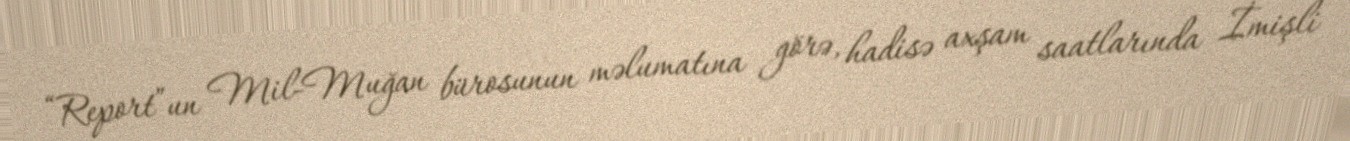
“Report”un Mil-Muğan bürosunun məlumatına görə, hadisə axşam saatlarında İmişli